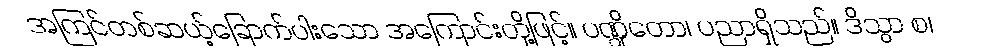
အကြင်တစ်ဆယ့်ခြောက်ပါးသော အကြောင်းတို့ဖြင့်။ ပဏ္ဍိတော၊ ပညာရှိသည်။ ဒိသွာ စ၊